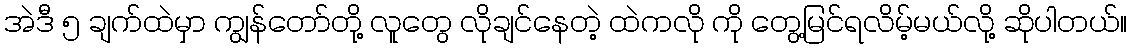
အဲဒီ ၅ ချက်ထဲမှာ ကျွန်တော်တို့ လူတွေ လိုချင်နေတဲ့ ထဲကလို ကို တွေ့မြင်ရလိမ့်မယ်လို့ ဆိုပါတယ်။